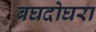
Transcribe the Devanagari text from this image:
बघदोघरा